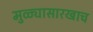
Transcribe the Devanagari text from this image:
मुळ्यासारखाच